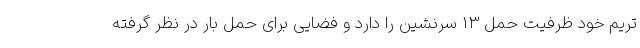
تریم خود ظرفیت حمل 13 سرنشین را دارد و فضایی برای حمل بار در نظر گرفته